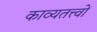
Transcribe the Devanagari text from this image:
काव्यतत्त्वों